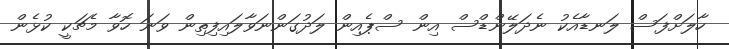
ހާލަށްފަސް ލަނޑާއެކު ނެދަލޭންޑްސް އިން ސްޕެއިން ލަދުގަންނަވާލައިފިތިން ވަނަ ހޮވާ މެޗަކީ ކުޅެން